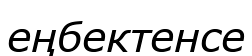
еңбектенсе